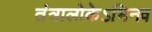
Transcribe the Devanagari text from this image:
तंत्रालोकेऽभिनव